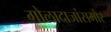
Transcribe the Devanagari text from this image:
गोलादाजांसमोर